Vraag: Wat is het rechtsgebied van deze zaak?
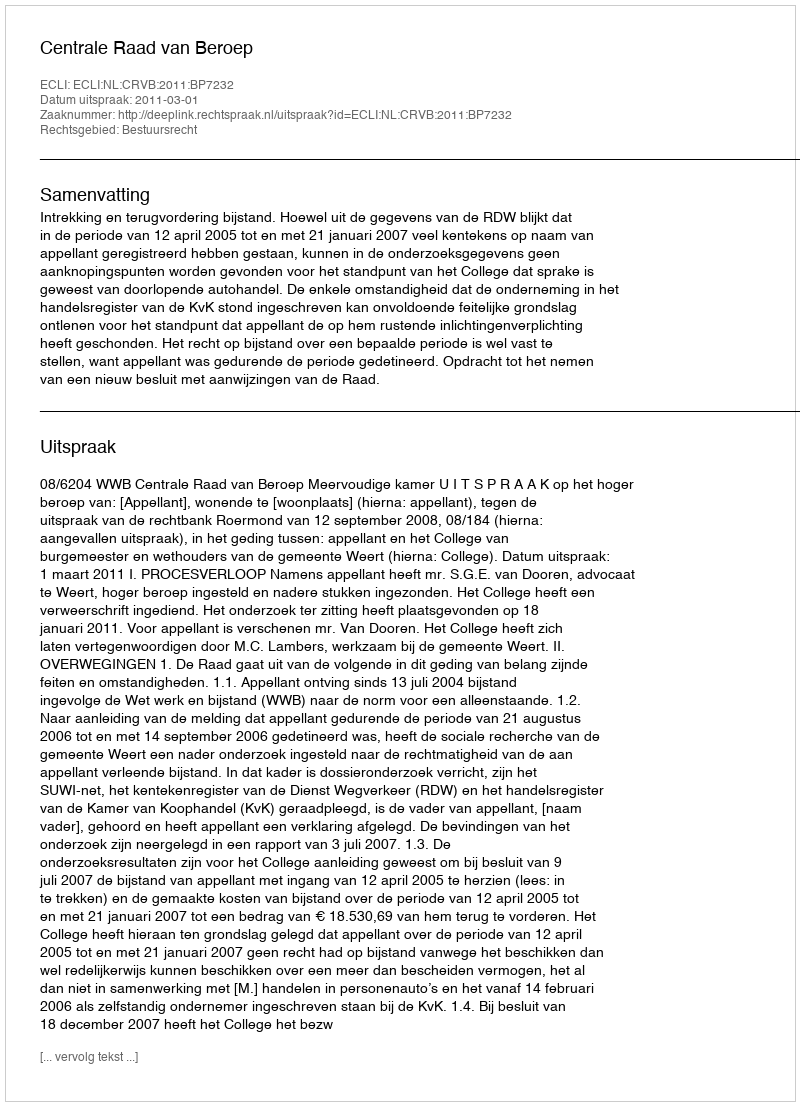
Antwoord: Bestuursrecht